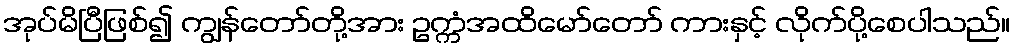
အုပ်မိပြီဖြစ်၍ ကျွန်တော်တို့အား ဥက္ကံအထိမော်တော် ကားနှင့် လိုက်ပို့စေပါသည်။